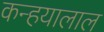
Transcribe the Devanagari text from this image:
कन्हयालाल